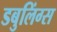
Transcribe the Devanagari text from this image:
डबुलिंग्स